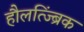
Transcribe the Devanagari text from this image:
हौलत्ज्ब्रिंक